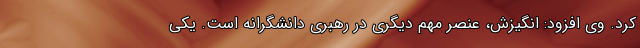
کرد. وی افزود: انگیزش، عنصر مهم دیگری در رهبری دانشگرانه است. یکی